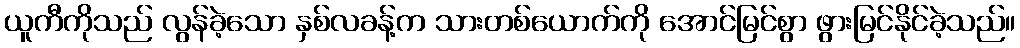
ယူကီကိုသည် လွန်ခဲ့သော နှစ်လခန့်က သားတစ်ယောက်ကို အောင်မြင်စွာ ဖွားမြင်နိုင်ခဲ့သည်။